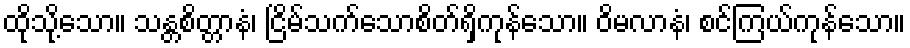
ထိုသို့သော။ သန္တစိတ္တာနံ၊ ငြိမ်သက်သောစိတ်ရှိကုန်သော။ ဝိမလာနံ၊ စင်ကြယ်ကုန်သော။